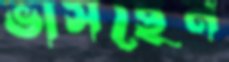
ভাসছেন